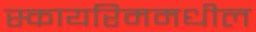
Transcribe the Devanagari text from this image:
स्कायरिममधील